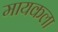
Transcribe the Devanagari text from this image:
मायकला